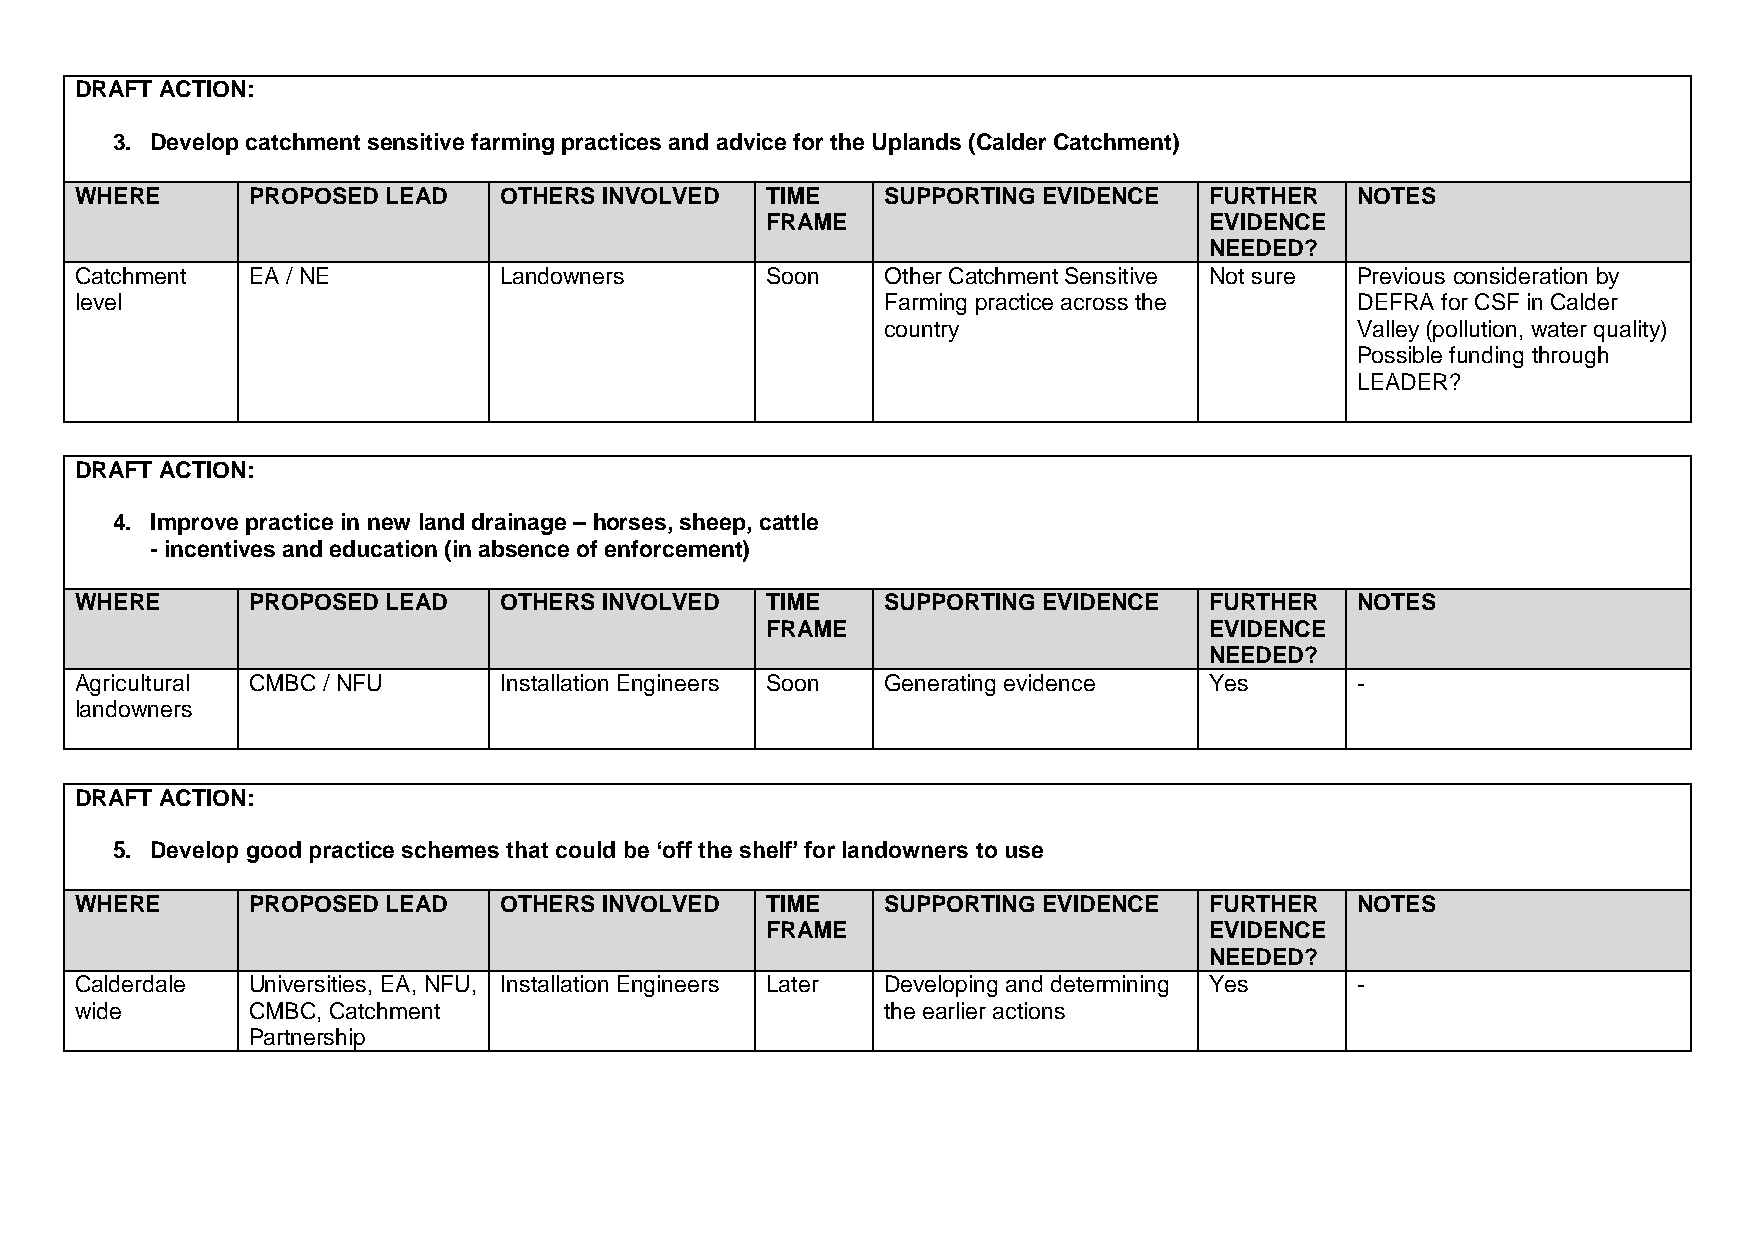
DRAFT ACTION:
 3. Develop catchment sensitive farming practices and advice for the Uplands (Calder Catchment)
 WHERE      PROPOSED  LEAD   OTHERS INVOLVED   TIME    SUPPORTING EVIDENCE  FURTHER   NOTES
 FRAME                        EVIDENCE
 NEEDED?
 Catchment  EA / NE          Landowners        Soon    Other Catchment Sensitive Not sure Previous consideration by
 level                                                 Farming practice across the    DEFRA for CSF in Calder
 country                        Valley (pollution, water quality)
 Possible funding through
 LEADER?
 DRAFT ACTION:
 4. Improve practice in new land drainage – horses, sheep, cattle
 - incentives and education (in absence of enforcement)
 WHERE      PROPOSED  LEAD   OTHERS INVOLVED   TIME    SUPPORTING EVIDENCE  FURTHER   NOTES
 FRAME                        EVIDENCE
 NEEDED?
 Agricultural CMBC / NFU     Installation Engineers Soon Generating evidence Yes      -
 landowners
 DRAFT ACTION:
 5. Develop good practice schemes that could be ‘off the shelf’ for landowners to use
 WHERE      PROPOSED  LEAD   OTHERS INVOLVED   TIME    SUPPORTING EVIDENCE  FURTHER   NOTES
 FRAME                        EVIDENCE
 NEEDED?
 Calderdale Universities, EA, NFU, Installation Engineers Later Developing and determining Yes -
 wide       CMBC, Catchment                            the earlier actions
 Partnership